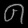
Digit: ၈